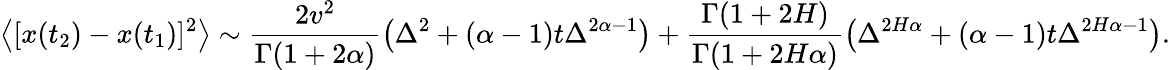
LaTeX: \left<[x(t_{2})-x(t_{1})]^{2}\right>\sim\frac{2v^{2}}{\Gamma(1+2\alpha)}\left(\Delta^{2}+(\alpha-1)t\Delta^{2\alpha-1}\right)+\frac{\Gamma(1+2H)}{\Gamma(1+2H\alpha)}\left(\Delta^{2H\alpha}+(\alpha-1)t\Delta^{2H\alpha-1}\right).